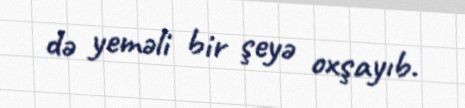
də yeməli bir şeyə oxşayıb.